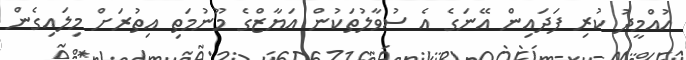
އުއްމީދު ކުރި ފަދައިން އޭނަގެ އެ ސުވާލުތަކުން އަޔާޒްގެ މޫނުމަތި އިތުރަށް މިލައިގެން